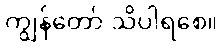
ကျွန်တော် သိပါရစေ။